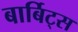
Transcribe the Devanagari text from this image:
बार्बिट्स